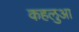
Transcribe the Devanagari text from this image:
कहलुआ